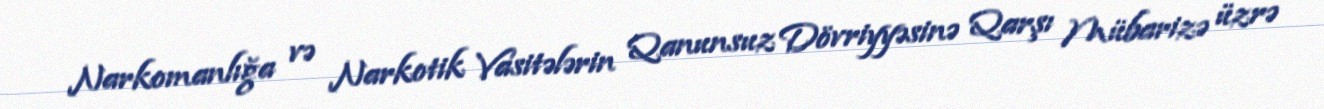
Narkomanlığa və Narkotik Vasitələrin Qanunsuz Dövriyyəsinə Qarşı Mübarizə üzrə